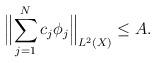
LaTeX: \begin{align*}\Bigl\lVert \sum_{j=1} ^{N} c_j \phi _j \Bigr\rVert _{L ^2 (X)} \leq A . \end{align*}